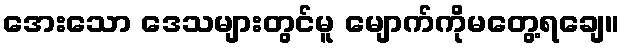
အေးသော ဒေသများတွင်မူ မျောက်ကိုမတွေ့ရချေ။